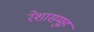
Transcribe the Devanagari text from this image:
रेशासमूह